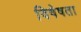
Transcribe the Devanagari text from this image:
विषेषता